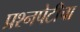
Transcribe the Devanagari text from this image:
प्रश्‍नपेटीचा